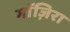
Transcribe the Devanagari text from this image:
गाॅज़िरा